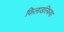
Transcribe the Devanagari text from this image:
फिलाडल्फिया